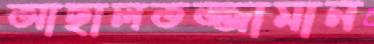
আছালতজ্জামান